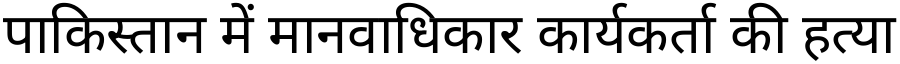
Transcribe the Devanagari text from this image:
पाकिस्तान में मानवाधिकार कार्यकर्ता की हत्या